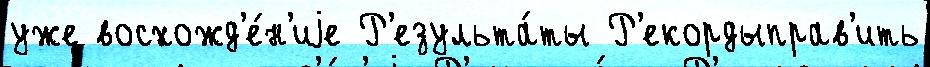
уже восхожд'е́н'иjе Р'езульта́ты Р'екордыправ'ить